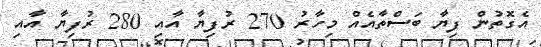
އެގޮތުން ފިޔާ ބަސްތާއެއް މިހާރު 270 ރުފިޔާ އާއި 280 ރުފިޔާ އާއި